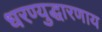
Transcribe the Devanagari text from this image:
धरण्युद्धारणाय